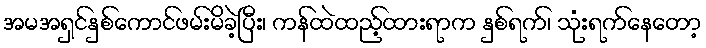
အမအရှင်နှစ်ကောင်ဖမ်းမိခဲ့ပြီး၊ ကန်ထဲထည့်ထားရာက နှစ်ရက်၊ သုံးရက်နေတော့